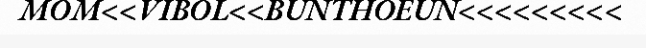
MOM<<VIBOL<<BUNTHOEUN<<<<<<<<<